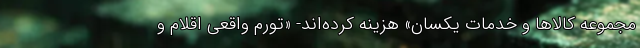
مجموعه کالاها و خدمات یکسان» هزینه کرده‌اند- «تورم واقعی اقلام و